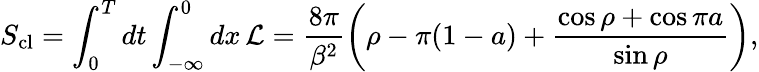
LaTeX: S_{\mathrm{cl}}=\int_{0}^{T}dt\int_{-\infty}^{0}dx\, {\cal L}=\frac{8\pi}{\beta^{2}}\left(\rho-\pi(1-a)+\frac{\cos\rho+\cos\pi a}{\sin\rho}\right),